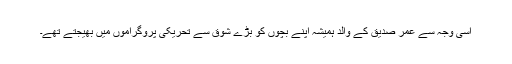
اسی وجہ سے عمر صدیق کے والد ہمیشہ اپنے بچوں کو بڑے شوق سے تحریکی پروگراموں میں بھیجتے تھے۔